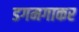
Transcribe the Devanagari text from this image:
डगमगाकर